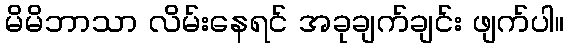
မိမိဘာသာ လိမ်းနေရင် အခုချက်ချင်း ဖျက်ပါ။